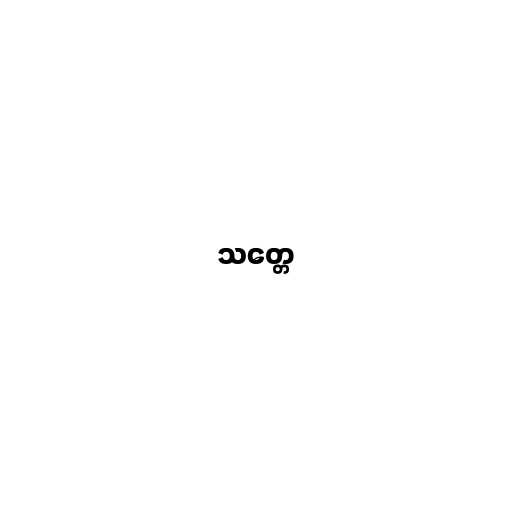
သတ္တေ